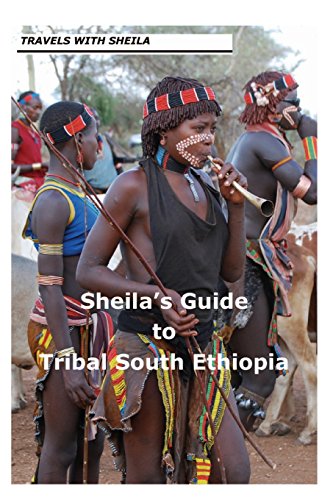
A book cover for Sheila's Guide to Tribal South Ethiopia; Sheila Simkin; Travel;